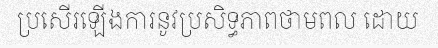
ប្រសើរឡើងការនូវប្រសិទ្ធភាពថាមពល ដោយ